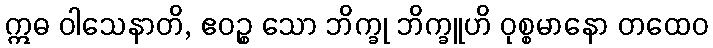
ဣဓ ဝါသေနာတိ, ဧဝဉ္စ သော ဘိက္ခု ဘိက္ခူဟိ ဝုစ္စမာနော တထေဝ